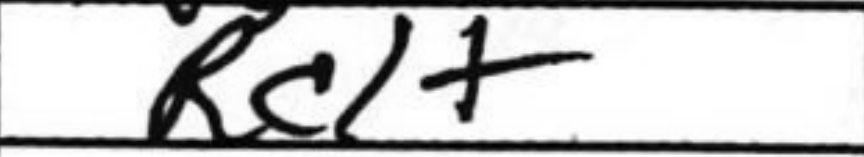
Transcription: Rc1+